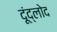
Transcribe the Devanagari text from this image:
दूंद्लोद